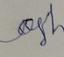
Signature authenticity: forged